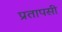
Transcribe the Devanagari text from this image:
प्रतापसी